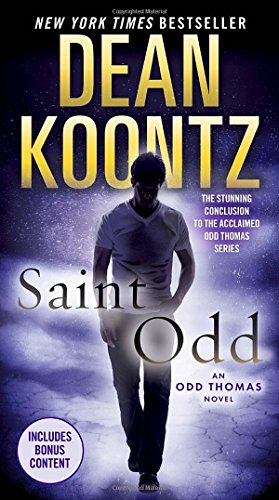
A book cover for Saint Odd: An Odd Thomas Novel; Dean Koontz; Science Fiction & Fantasy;